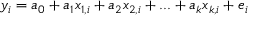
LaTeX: y _ { i } = a _ { 0 } + a _ { 1 } x _ { 1 , i } + a _ { 2 } x _ { 2 , i } + . . . + a _ { k } x _ { k , i } + e _ { i }